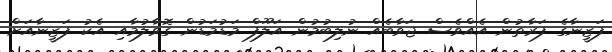
ފަޒީނާގެ ފަރާތުން އެއްވެސް ޖަވާބެއް ނުލިބުމުން އަލޫފް މަޑުމަޑުން ގޮވާލުމާއި އެކު ފަޒީނާއަށް